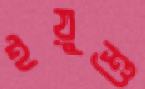
ইয়ুশু